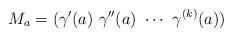
LaTeX: \begin{align*}M_a = (\gamma'(a)\,\, \gamma''(a)\,\, \cdots\,\, \gamma^{(k)}(a))\end{align*}